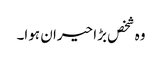
وہ شخص بڑا حیران ہوا۔